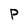
Character: p